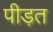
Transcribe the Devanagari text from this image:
पीड़त